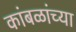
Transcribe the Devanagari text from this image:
कांबळांच्या